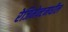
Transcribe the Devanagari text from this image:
रेजिमेन्टमधील